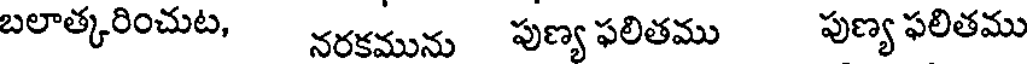
బలాత్కరించుట, నరకమును పుణ్య ఫలితము పుణ్య ఫలితము